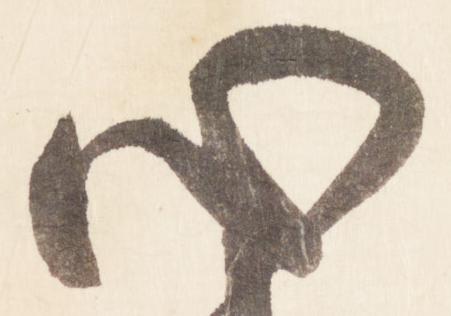
心